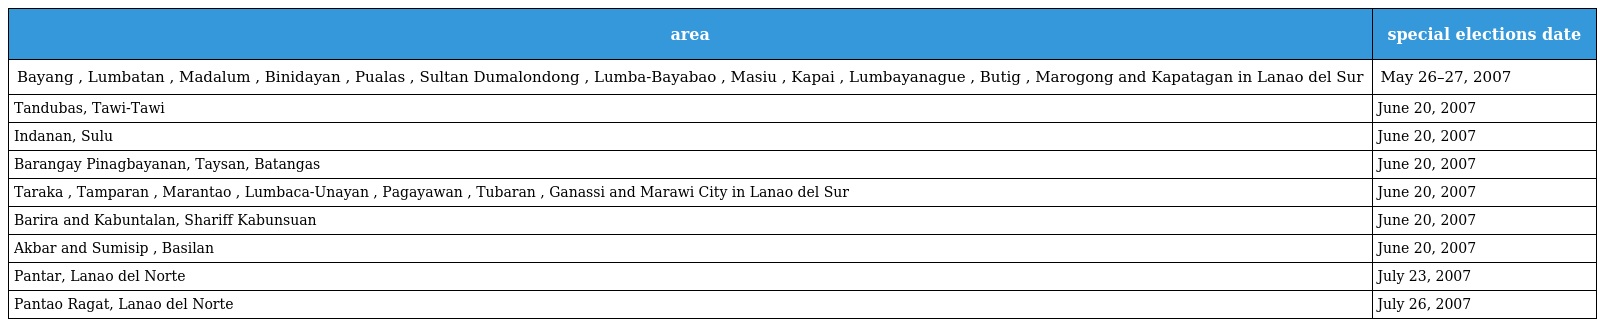
| area | special elections date |
 | --- | --- |
 | Bayang , Lumbatan , Madalum , Binidayan , Pualas , Sultan Dumalondong , Lumba-Bayabao , Masiu , Kapai , Lumbayanague , Butig , Marogong and Kapatagan in Lanao del Sur | May 26–27, 2007 |
 | Tandubas, Tawi-Tawi | June 20, 2007 |
 | Indanan, Sulu | June 20, 2007 |
 | Barangay Pinagbayanan, Taysan, Batangas | June 20, 2007 |
 | Taraka , Tamparan , Marantao , Lumbaca-Unayan , Pagayawan , Tubaran , Ganassi and Marawi City in Lanao del Sur | June 20, 2007 |
 | Barira and Kabuntalan, Shariff Kabunsuan | June 20, 2007 |
 | Akbar and Sumisip , Basilan | June 20, 2007 |
 | Pantar, Lanao del Norte | July 23, 2007 |
 | Pantao Ragat, Lanao del Norte | July 26, 2007 |